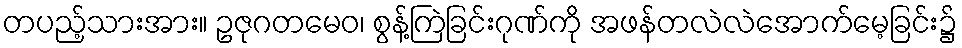
တပည့်သားအား။ ဥဇုဂတမေဝ၊ စွန့်ကြဲခြင်းဂုဏ်ကို အဖန်တလဲလဲအောက်မေ့ခြင်း၌